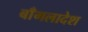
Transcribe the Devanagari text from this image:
बाँगलादेश